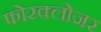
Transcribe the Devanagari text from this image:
फोरक्लोजर